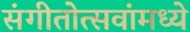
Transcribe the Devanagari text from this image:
संगीतोत्सवांमध्ये